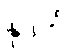
နုဒတိ